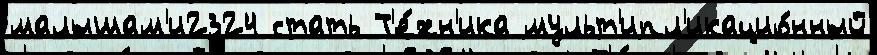
малышам'и2324 стать Т'е́хн'ика мульт'ипл'икацио́нный